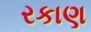
રકાણ